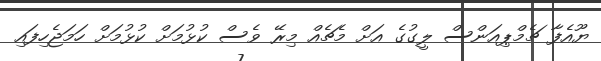
ޔޫއެފާ ޗެމްޕިއަންސް ލީގުގެ އަށް މެޗެއް މިރޭ ވެސް ކުޅުމަށް ކުޅުމަށް ހަމަޖެހިފައި